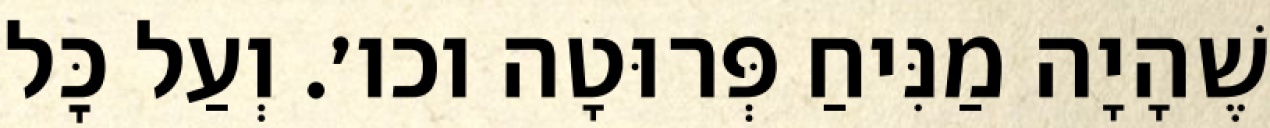
שֶׁהָיָה מַנִּיחַ פְּרוּטָה וכו׳. וְעַל כׇּל